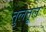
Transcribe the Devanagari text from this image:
तुलतूल